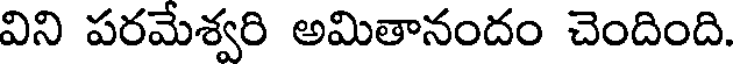
విని పరమేశ్వరి అమితానందం చెందింది.